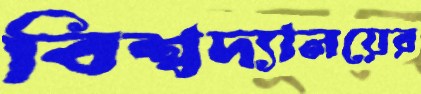
বিশ্বদ্যালয়ের